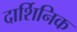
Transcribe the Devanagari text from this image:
दार्शिनिक